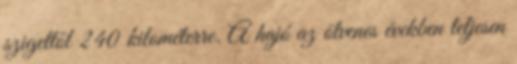
szigettől 240 kilométerre. A hajó az ötvenes években teljesen